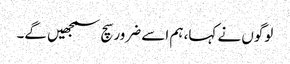
لوگوں نے کہا، ہم اسے ضرور سچ سمجھیں گے۔